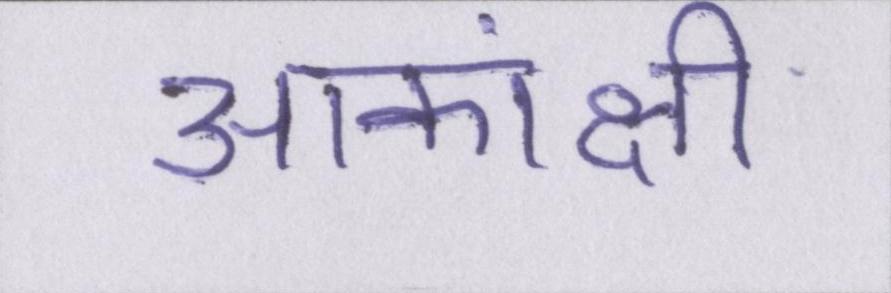
आकांक्षी